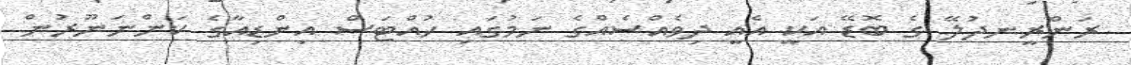
ރަންރީނދުލޭ ގެ ބޮޑޭ އަކީ އެއީ ދިވެއްސެެއްގެ ނަމުގައި ހުއްޓަސް އިންޑިއާގެ ކަންނަނޫރުން